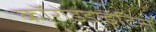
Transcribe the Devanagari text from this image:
कॉरोइडाइटिस